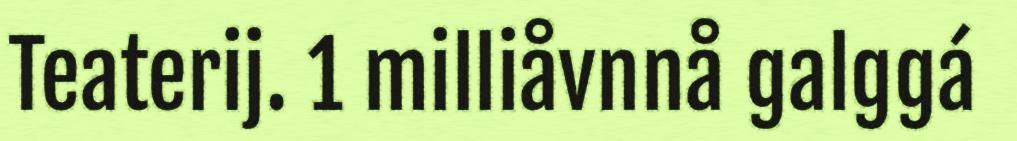
Teaterij. 1 milliåvnnå galggá